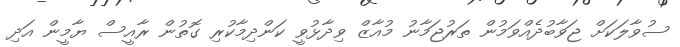
ސުވާލަކަށް ޖަވާބުދެއްވަމުން ތަރުޖަމާނު މުއާޒް ވިދާޅުވީ ކަންދިމާކުރި ގޮތުން ރާއީސް ޔާމީން އަދި